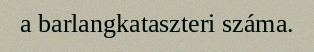
a barlangkataszteri száma.